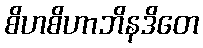
စိဟစိဟာဘိနဒိတေ